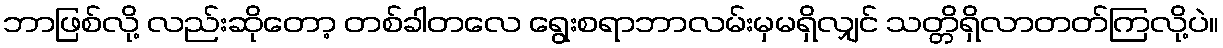
ဘာဖြစ်လို့ လည်းဆိုတော့ တစ်ခါတလေ ရွေးစရာဘာလမ်းမှမရှိလျှင် သတ္တိရှိလာတတ်ကြလို့ပဲ။